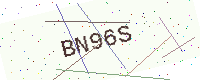
Text: BN96S